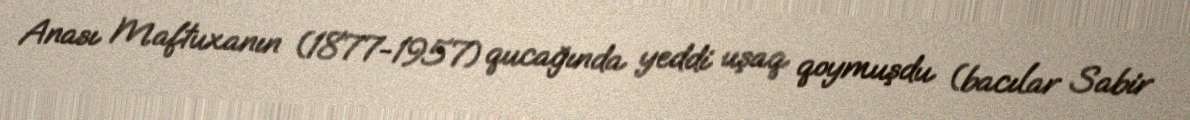
Anası Maftuxanın (1877-1957) qucağında yeddi uşaq qoymuşdu (bacılar Sabir